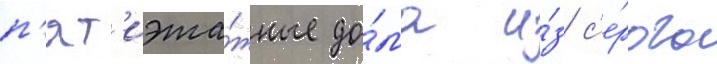
п'ят'иэта́жные до́ма и́з с'е́рого